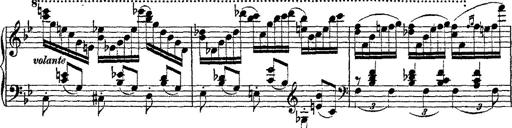
Title: Fantaisie romantique sur deux mÃ©lodies suisses
Composer: Franz Liszt